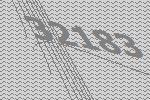
32183